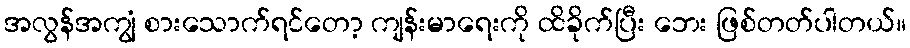
အလွန်အကျွံ စားသောက်ရင်တော့ ကျန်းမာရေးကို ထိခိုက်ပြီး ဘေး ဖြစ်တတ်ပါတယ်။